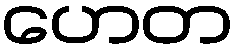
ဟေတ